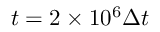
t = 2 \times 1 0 ^ { 6 } \Delta t